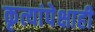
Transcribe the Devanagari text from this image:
कृत्यांपेक्षाही